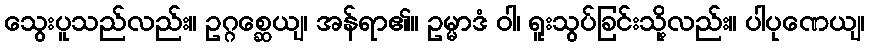
သွေးပူသည်လည်း။ ဥဂ္ဂစ္ဆေယျ၊ အန်ရာ၏။ ဥမ္မာဒံ ဝါ၊ ရူးသွပ်ခြင်းသို့လည်း။ ပါပုဏေယျ၊